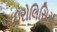
પાઇરોલિસિસ